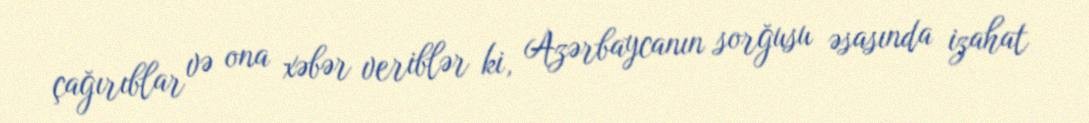
çağırıblar və ona xəbər veriblər ki, Azərbaycanın sorğusu əsasında izahat